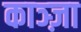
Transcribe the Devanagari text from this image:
काञ्ज़ा